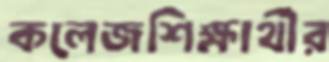
কলেজশিক্ষার্থীর